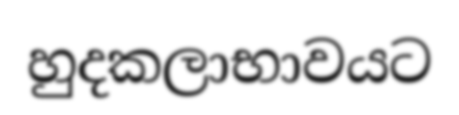
හුදකලාභාවයට